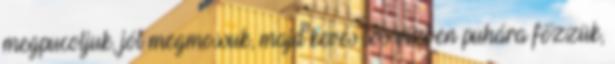
megpucoljuk, jól megmossuk, majd kevés sós vízben puhára főzzük,